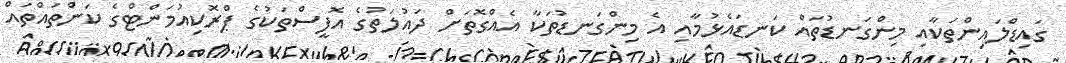
ގައިޑްލައިންތަކާއި މިންގަނޑުތައް ކަނޑައެޅުމާއި އެ މިންގަނޑުތަކާ އެއްގޮތަށް ދައުލަތުގެ އޮފީސްތަކުގެ ޕްރޮކިއުމަންޓްގެ ކަންތައްތައް